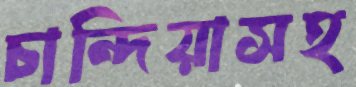
চান্দিয়াসহ